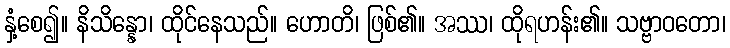
နှံ့စေ၍။ နိသိန္နော၊ ထိုင်နေသည်။ ဟောတိ၊ ဖြစ်၏။ အဿ၊ ထိုရဟန်း၏။ သဗ္ဗာဝတော၊